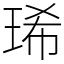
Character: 琋